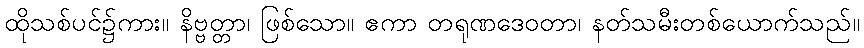
ထိုသစ်ပင်၌ကား။ နိဗ္ဗတ္တာ၊ ဖြစ်သော။ ဧကာ တရုဏဒေဝတာ၊ နတ်သမီးတစ်ယောက်သည်။